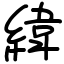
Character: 緯